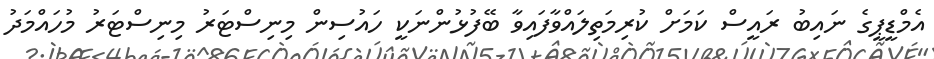
އެމްޑީޕީގެ ނައިބު ރައީސް ކަމަށް ކުރިމަތިލައްވާފައިވާ ބޭފުޅުންނަކީ ހައުސިން މިނިސްޓަރު މިނިސްޓަރު މުހައްމަދު